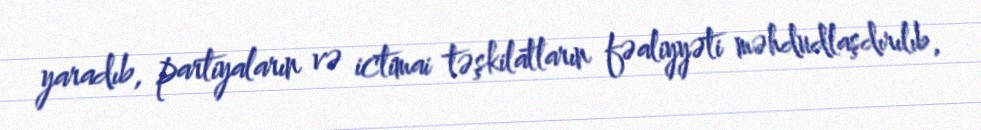
yaradıb, partiyaların və ictimai təşkilatların fəaliyyəti məhdudlaşdırılıb,